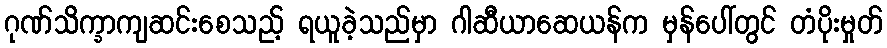
ဂုဏ်သိက္ခာကျဆင်းစေသည့် ရယူခဲ့သည်မှာ ဂါဆီယာဆေယန်က မှန်ပေါ်တွင် တံပိုးမှုတ်